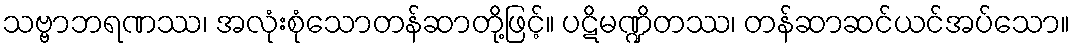
သဗ္ဗာဘရဏဿ၊ အလုံးစုံသောတန်ဆာတို့ဖြင့်။ ပဋိမဏ္ဍိတဿ၊ တန်ဆာဆင်ယင်အပ်သော။